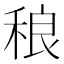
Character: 稂